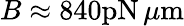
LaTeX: B\approx 840\mathrm{pN}\, \mu\mathrm{m}